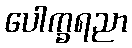
ပေါက္ခရညာ